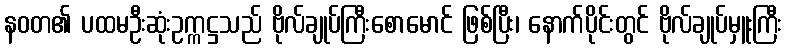
နဝတ၏ ပထမဦးဆုံးဥက္ကဋ္ဌသည် ဗိုလ်ချုပ်ကြီးစောမောင် ဖြစ်ပြီး၊ နောက်ပိုင်းတွင် ဗိုလ်ချုပ်မှူးကြီး